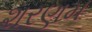
શરણમ